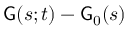
{ \sf G } ( s ; t ) - { \sf G } _ { 0 } ( s )